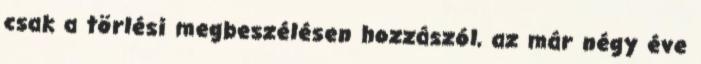
csak a törlési megbeszélésen hozzászól, az már négy éve